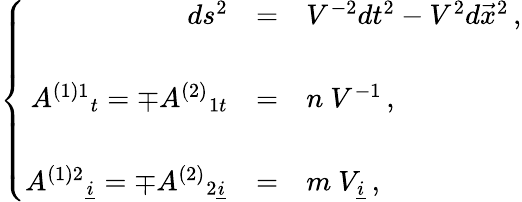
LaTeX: \left\{ \begin{array}{rcl}{{ds^{2}}}&{{=}}&{{V^{-2}dt^{2}-V^{2}d\vec{x}^{2}\, ,}}\\ {{}}&{{}}&{{}}\\ {{A^{(1)1}{}_{t}=\mp A^{(2)}{}_{1t}}}&{{=}}&{{n\ V^{-1}\, ,}}\\ {{}}&{{}}&{{}}\\ {{A^{(1)2}{}_{\underline{{{i}}}}=\mp A^{(2)}{}_{2\underline{{{i}}}}}}&{{=}}&{{m\ V_{\underline{{{i}}}}\, ,}}\end{array}\right.